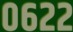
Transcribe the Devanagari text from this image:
०६२२